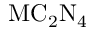
\mathrm { M C _ { 2 } N _ { 4 } }